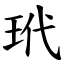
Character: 玳